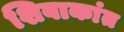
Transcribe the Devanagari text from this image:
शिवाकांत